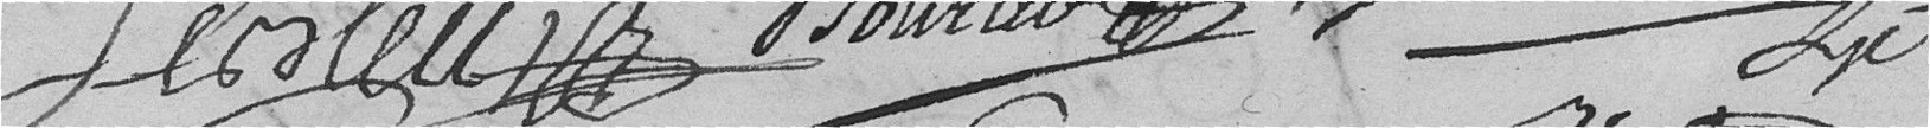
Lebleu          Bourier                                                   ????